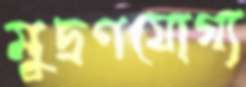
মুদ্রণযোগ্য